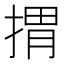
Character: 𢯮